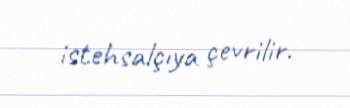
istehsalçıya çevrilir.